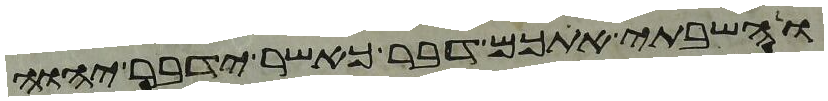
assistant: והשבתי אתכם דבר כאשר ידבר יהוה